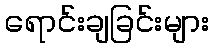
ရောင်းချခြင်းများ